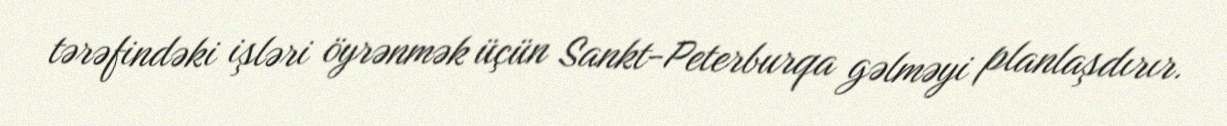
tərəfindəki işləri öyrənmək üçün Sankt-Peterburqa gəlməyi planlaşdırır.